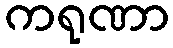
ကရုဏာ